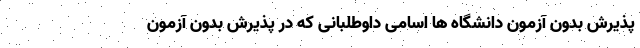
پذیرش بدون آزمون دانشگاه ها اسامی داوطلبانی که در پذیرش بدون آزمون